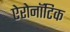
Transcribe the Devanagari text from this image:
ऐरोनॉटिक